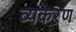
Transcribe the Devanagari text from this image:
व्यकरण